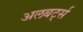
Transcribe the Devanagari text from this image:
अलबर्ट्स